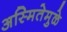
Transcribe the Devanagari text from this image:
अस्मितेमुळे